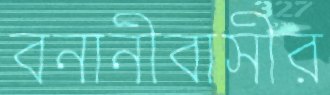
বনানীবাসীর